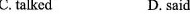
C. talked D. said